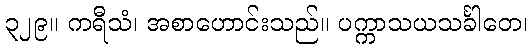
၃၂၉။ ကရီသံ၊ အစာဟောင်းသည်။ ပက္ကာသယသင်္ခါတေ၊